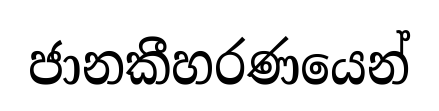
ජානකීහරණයෙන්